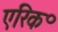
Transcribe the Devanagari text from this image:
एरिक॰